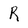
Character: R